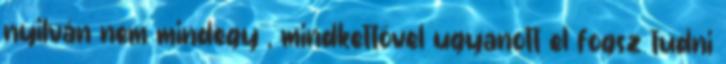
nyilván nem mindegy , mindkettővel ugyanott el fogsz tudni